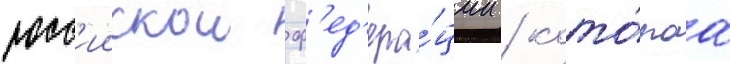
росс'иискои ф'ед'ера́ции / кото́раа